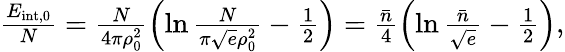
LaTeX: \begin{array}{r}{\frac{E_{\mathrm{{int},0}}}N=\frac{N}{4\pi\rho_{0}^{2}}\left(\ln\frac N{\pi\sqrt{e}\rho_{0}^{2}}-\frac 12\right)=\frac{\bar{n}}{4}\left(\ln\frac{\bar{n}}{\sqrt{e}}-\frac 12\right),}\end{array}